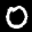
Label: 0